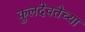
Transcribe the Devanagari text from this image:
कुलदेवतेच्या